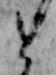
と